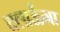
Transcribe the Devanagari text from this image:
चलाऊँगा